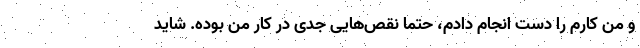
و من کارم را دست انجام دادم، حتما نقص‌هایی جدی در کار من بوده. شاید